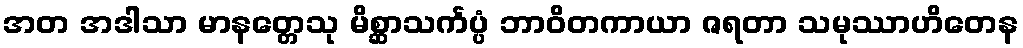
အတ အဒါသာ မာနတ္တေသု မိစ္ဆာသင်္ကပ္ပံ ဘာဝိတကာယာ ဇရတာ သမုဿာဟိတေန